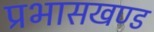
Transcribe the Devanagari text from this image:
प्रभासखण्ड